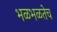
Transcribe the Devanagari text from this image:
भळभळतेच